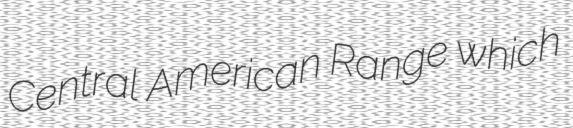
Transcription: Central American Range which